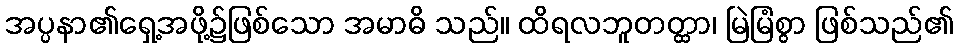
အပ္ပနာ၏ရှေ့အဖို့၌ဖြစ်သော အမာဓိ သည်။ ထိရလဘူတတ္ထာ၊ မြဲမြံစွာ ဖြစ်သည်၏